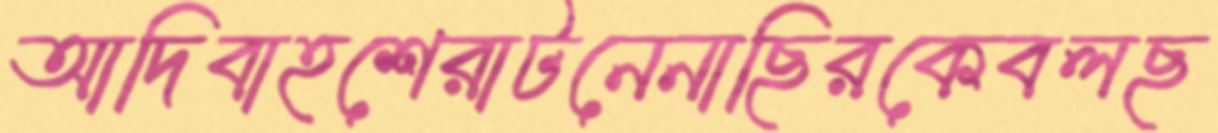
আদিবাহশেরাটনেনাছিরকেবলছ